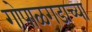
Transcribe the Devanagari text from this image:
गोपाळगडाच्या